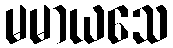
မမာယသေ